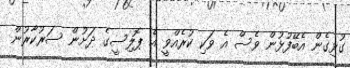
ގުޅިގެން އެބޭފުޅުން ވެސް އެ ވަކި ކުރެއްވީ އެ ޕޮލިސީގެ ދަށުން ސަރުކާރުން